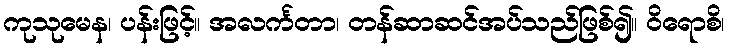
ကုသုမေန၊ ပန်းဖြင့်။ အလင်္ကတာ၊ တန်ဆာဆင်အပ်သည်ဖြစ်၍။ ဝိရောစိ၊